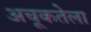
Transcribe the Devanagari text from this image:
अचूकतेला